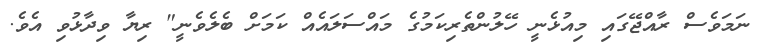
ނަމަވެސް ރާއްޖޭގައި މިއުޅެނީ ހޭލުންތެރިކަމުގެ މައްސަލައެއް ކަމަށް ބެލެވެނީ" ރިޔާ ވިދާޅުވި އެވެ.